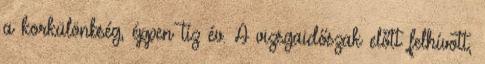
a korkülönbség, éppen tíz év. A vizsgaidőszak előtt felhívott,